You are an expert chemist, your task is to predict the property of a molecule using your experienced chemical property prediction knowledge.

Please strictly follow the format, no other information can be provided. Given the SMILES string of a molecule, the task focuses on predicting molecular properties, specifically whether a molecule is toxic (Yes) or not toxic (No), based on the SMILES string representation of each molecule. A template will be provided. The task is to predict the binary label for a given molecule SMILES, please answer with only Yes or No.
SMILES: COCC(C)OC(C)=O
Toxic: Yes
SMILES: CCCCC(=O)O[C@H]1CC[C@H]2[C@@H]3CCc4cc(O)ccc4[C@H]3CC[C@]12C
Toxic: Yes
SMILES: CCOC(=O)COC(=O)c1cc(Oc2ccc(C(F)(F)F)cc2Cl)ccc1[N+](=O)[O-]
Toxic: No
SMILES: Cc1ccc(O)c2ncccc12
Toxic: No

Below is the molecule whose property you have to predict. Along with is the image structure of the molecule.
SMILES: CN(C)c1ccc(O)c2c1C[C@H]1C[C@H]3[C@H](N(C)C)C(O)=C(C(N)=O)C(=O)[C@@]3(O)C(O)=C1C2=O
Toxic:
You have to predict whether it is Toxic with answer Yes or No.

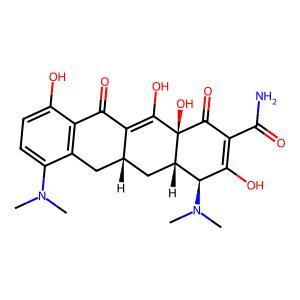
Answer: No